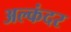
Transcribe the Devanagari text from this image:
अल्कंदर